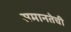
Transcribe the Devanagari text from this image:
समानतेची